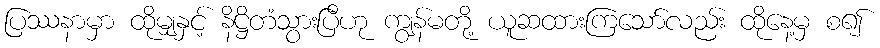
ပြဿနာမှာ ထိုမျှနှင့် နိဋ္ဌိတံသွားပြီဟု ကျွန်မတို့ ယူဆထားကြသော်လည်း ထိုနေ့မှ စ၍